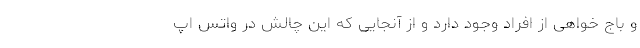
و باج خواهی از افراد وجود دارد و از آنجایی که این چالش در واتس اپ